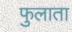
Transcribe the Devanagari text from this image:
फुलाता